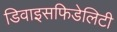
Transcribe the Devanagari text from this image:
डिवाइसफिडेलिटी